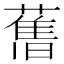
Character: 𦾔